Civil Veterinary Department Bengal reports 1923-33 - 1923-1933
Year: 1923
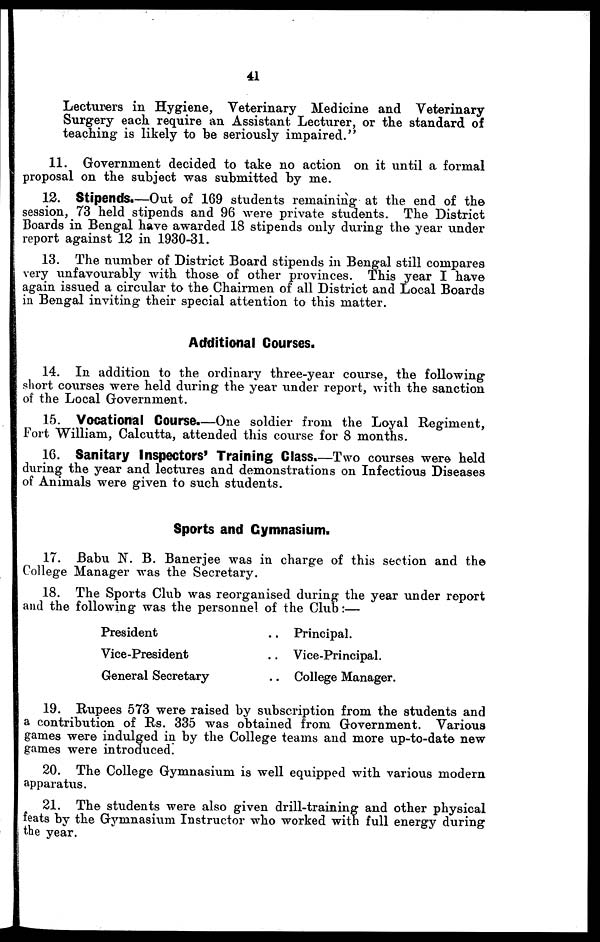
41
Lecturers in Hygiene, Veterinary Medicine and Veterinary
Surgery each require an Assistant Lecturer, or the standard of
teaching is likely to be seriously impaired."
11. Government decided to take no action on it until a formal
proposal on the subject was submitted by me.
12. Stipends.—Out of 169 students remaining at the end of the
session, 73 held stipends and 96 were private students. The District
Boards in Bengal have awarded 18 stipends only during the year under
report against 12 in 1930-31.
13. The number of District Board stipends in Bengal still compares
very unfavourably with those of other provinces. This year I have
again issued a circular to the Chairmen of all District and Local Boards
in Bengal inviting their special attention to this matter.
Additional Courses.
14. In addition to the ordinary three-year course, the following
short courses were held during the year under report, with the sanction
of the Local Government.
15. Vocational Course.—One soldier from the Loyal Regiment,
Fort William, Calcutta, attended this course for 8 months.
16. Sanitary Inspectors' Training Class.—Two courses were held
during the year and lectures and demonstrations on Infectious Diseases
of Animals were given to such students.
Sports and Gymnasium.
17. Babu N. B. Banerjee was in charge of this section and the
College Manager was the Secretary.
18. The Sports Club was reorganised during the year under report
and the following was the personnel of the Club:—
President
Vice-President
General Secretary
.. Principal.
.. Vice-Principal.
.. College Manager.
19. Rupees 573 were raised by subscription from the students and
a contribution of Rs. 335 was obtained from Government. Various
games were indulged in by the College teams and more up-to-date new
games were introduced.
20. The College Gymnasium is well equipped with various modern
apparatus.
21. The students were also given drill-training and other physical
feats by the Gymnasium Instructor who worked with full energy during
the year.